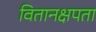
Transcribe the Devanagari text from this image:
वितानक्षपता